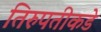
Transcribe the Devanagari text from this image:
तिरुपतीकडे